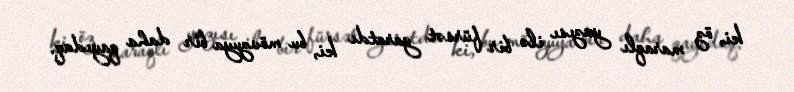
ki, öz maraqlı yazısı ilə bir fürsət yaratdı ki, bu mövzuya bir daha qayıdaq.